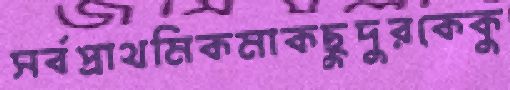
সর্বপ্রাথমিকমাকছুদুরকেকু